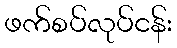
ဖက်စပ်လုပ်ငန်း